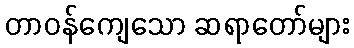
တာဝန်ကျေသော ဆရာတော်များ